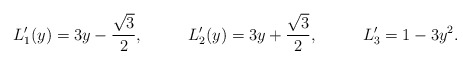
\begin{align*} L_1'(y) &= 3y-\frac{\sqrt{3}}2, & L_2'(y) &= 3y+\frac{\sqrt{3}}2, & L_3'&=1-3y^2.\end{align*}